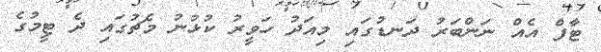
ޓާފް އެއް ނަންބަރު ދަނޑުގައި މިއަދު ހަވީރު ކުޅުނު މެޗުގައި ދެ ޓީމުގެ